Language: tamil
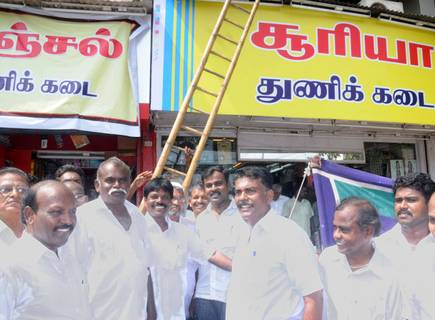
Transcription: சூரியா கடை கடை சல் க் துணிக்